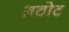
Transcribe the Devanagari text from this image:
अठोट